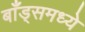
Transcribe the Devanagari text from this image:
बाँड्समध्ये